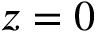
z = 0